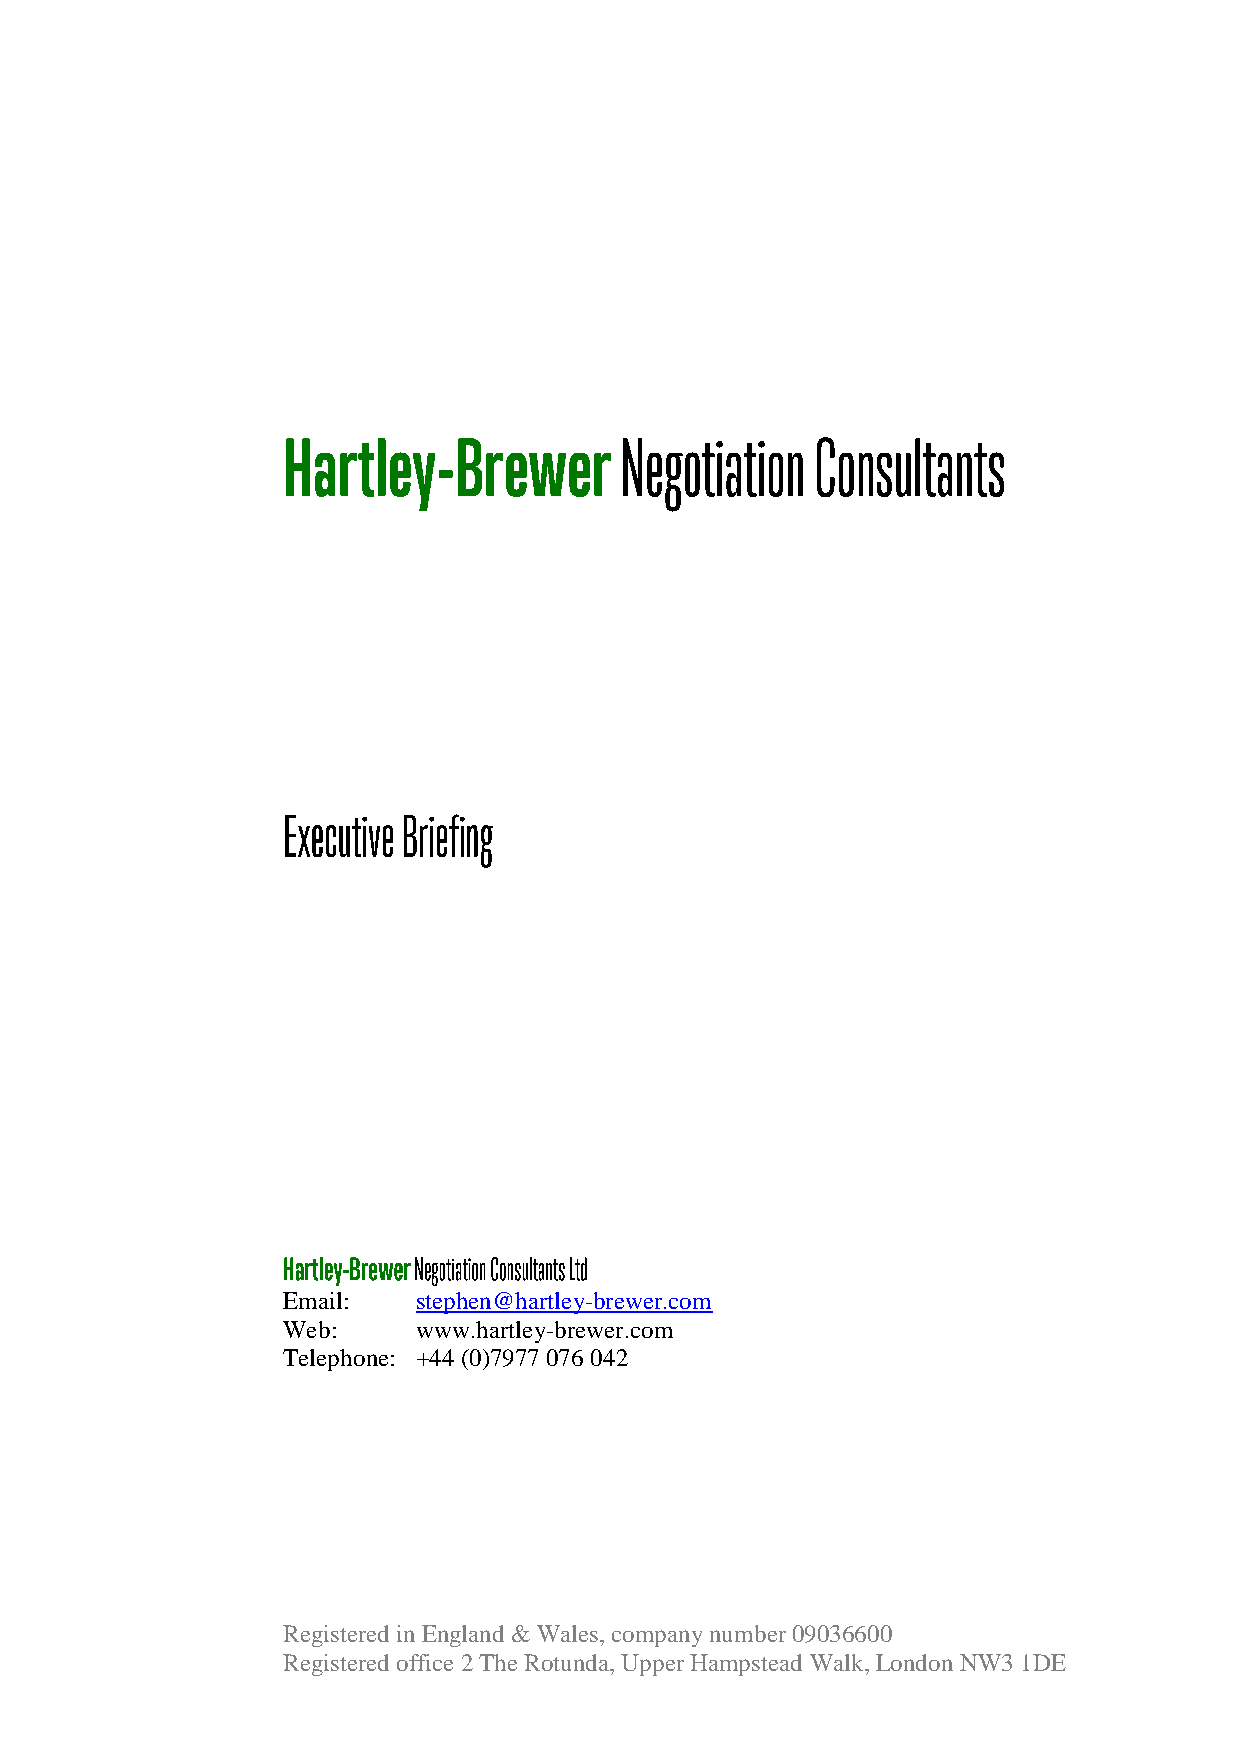
Email:   stephen@hartley-brewer.com
 Web:     www.hartley-brewer.com
 Telephone: +44 (0)7977 076 042
 Registered in England & Wales, company number 09036600
 Registered office 2 The Rotunda, Upper Hampstead Walk, London NW3 1DE